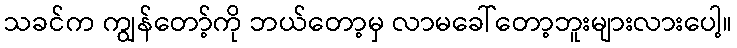
သခင်က ကျွန်တော့်ကို ဘယ်တော့မှ လာမခေါ်တော့ဘူးများလားပေါ့။